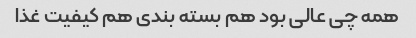
همه چی عالی بود هم بسته بندی هم کیفیت غذا